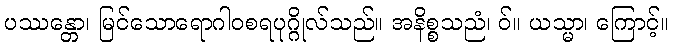
ပဿန္တော၊ မြင်သောရောဂါဝစရပုဂ္ဂိုလ်သည်။ အနိစ္စသညံ၊ ဝ်။ ယသ္မာ၊ ကြောင့်။